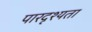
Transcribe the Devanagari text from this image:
पारदृश्यता